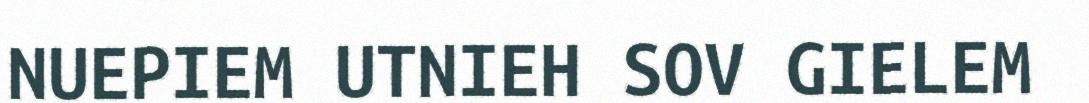
NUEPIEM UTNIEH SOV GIELEM